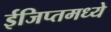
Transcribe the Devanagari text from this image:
ईजिप्तमध्ये